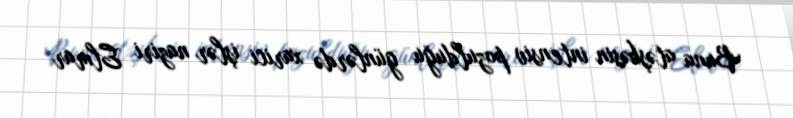
Buna atəşkəsin intensiv pozulduğu günlərdə xarici işlər naziri Elmar